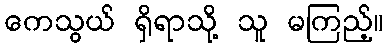
ကေသွယ် ရှိရာသို့ သူ မကြည့်။